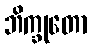
ဘိက္ခုတော